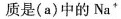
质是(a)中的Na^{+}